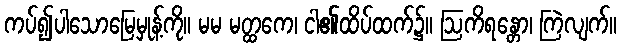
ကပ်၍ပါသောမြေမှုန့်ကို။ မမ မတ္ထကေ၊ ငါ၏ထိပ်ထက်၌။ ဩကိရန္တော၊ ကြဲလျက်။